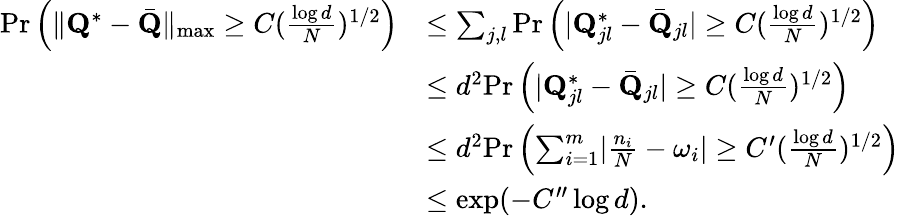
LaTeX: \begin{array}{rl}{\mathrm{Pr}\left(\| \mathbf{Q}^{*}-\bar{\mathbf{Q}}\| _{\operatorname*{max}}\geq C(\frac{\log d}{N})^{1/2}\right)}&{\leq\sum_{j,l}\mathrm{Pr}\left(\lvert\mathbf{Q}_{jl}^{*}-\bar{\mathbf{Q}}_{jl}\rvert\geq C(\frac{\log d}{N})^{1/2}\right)}\\ &{\leq d^{2}\mathrm{Pr}\left(\lvert\mathbf{Q}_{jl}^{*}-\bar{\mathbf{Q}}_{jl}\rvert\geq C(\frac{\log d}{N})^{1/2}\right)}\\ &{\leq d^{2}\mathrm{Pr}\left(\sum_{i=1}^{m}\lvert\frac{n_{i}}{N}-\omega_{i}\rvert\geq C^{\prime}(\frac{\log d}{N})^{1/2}\right)}\\ &{\leq\exp(-C^{\prime\prime}\log d).}\end{array}